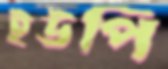
ইউপি